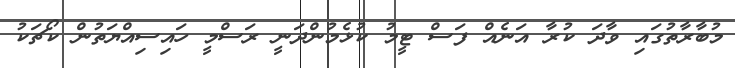
މުބާރާތުގައި ވާދަ ކުރާ އަނެއް ފަސް ޓީމު ކުޅެމުންދަނީ ރަސްމީ ހައިސިއްޔަތުން ކޯޗަކު